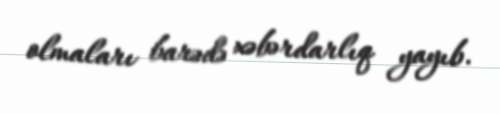
olmaları barədə xəbərdarlıq yayıb.